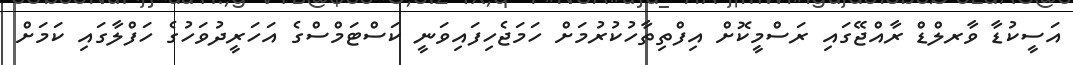
އަސީކުޑާ ވާރލްޑް ރާއްޖޭގައި ރަސްމީކޮށް އިފްތިތާހުކުރުމަށް ހަމަޖެހިފައިވަނީ ކަސްޓަމްސްގެ އަހަރީދުވަހުގެ ހަފްލާގައި ކަމަށް